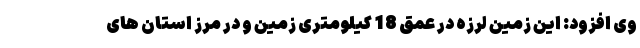
وی افزود: این زمین لرزه در عمق 18 کیلومتری زمین و در مرز استان های